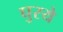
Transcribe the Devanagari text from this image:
घुरये